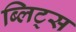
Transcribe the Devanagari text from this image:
ब्लिट्स